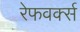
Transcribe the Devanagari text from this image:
रेफवर्क्स